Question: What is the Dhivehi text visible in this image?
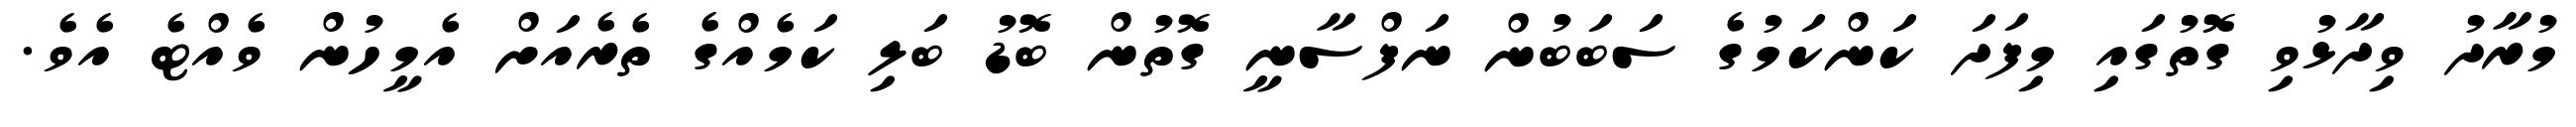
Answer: މުރާދު ވިދާޅުވި ގޮތުގައި މިފަދަ ކަންކަމުގެ ސަބަބުން ނަފްސާނީ ގޮތުން ބޮޑު ބަލި ކަމެއްގެ ތެރެއަށް އެމީހުން ވެއްޓެ އެވެ.